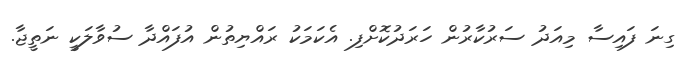
ގިނަ ފައިސާ މިއަދު ސަރުކާރުން ހަރަދުކޮށްފި. އެކަމަކު ރައްޔިތުން އުފައްދާ ސުވާލަކީ ނަތީޖާ.